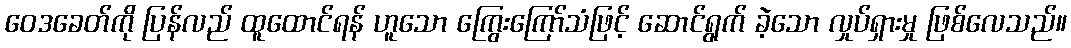
ဝေဒခေတ်ကို ပြန်လည် ထူထောင်ရန် ဟူသော ကြွေးကြော်သံဖြင့် ဆောင်ရွက် ခဲ့သော လှုပ်ရှားမှု ဖြစ်လေသည်။